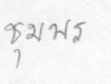
ชุมพร